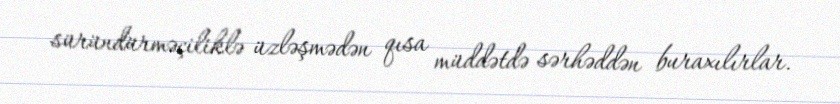
süründürməçiliklə üzləşmədən qısa müddətdə sərhəddən buraxılırlar.